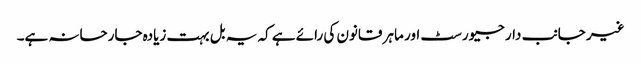
غیر جانب دار جیورسٹ اور ماہر قانون کی رائے ہے کہ یہ بل بہت زیادہ جارحانہ ہے۔